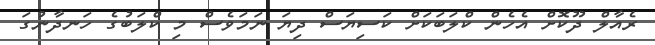
ރެއާލް ދޫކޮށް އެހެން ކްލަބަކަށް ކަސިޔަސް ދިޔަ ނަމަވެސް މި ކްލަބުގެ ހަނދާނުގަ